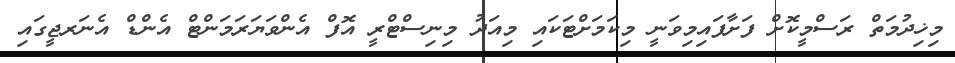
މިޚިދުމަތް ރަސްމީކޮށް ފަށާފައިމިވަނީ މިކަމަށްޓަކައި މިއަދު މިނިސްޓްރީ އޮފް އެންވަޔަރަމަންޓް އެންޑް އެނަރޖީގައި